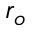
r _ { o }